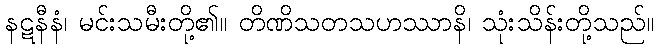
နဋနီနံ၊ မင်းသမီးတို့၏။ တိဏိသတသဟဿာနိ၊ သုံးသိန်းတို့သည်။